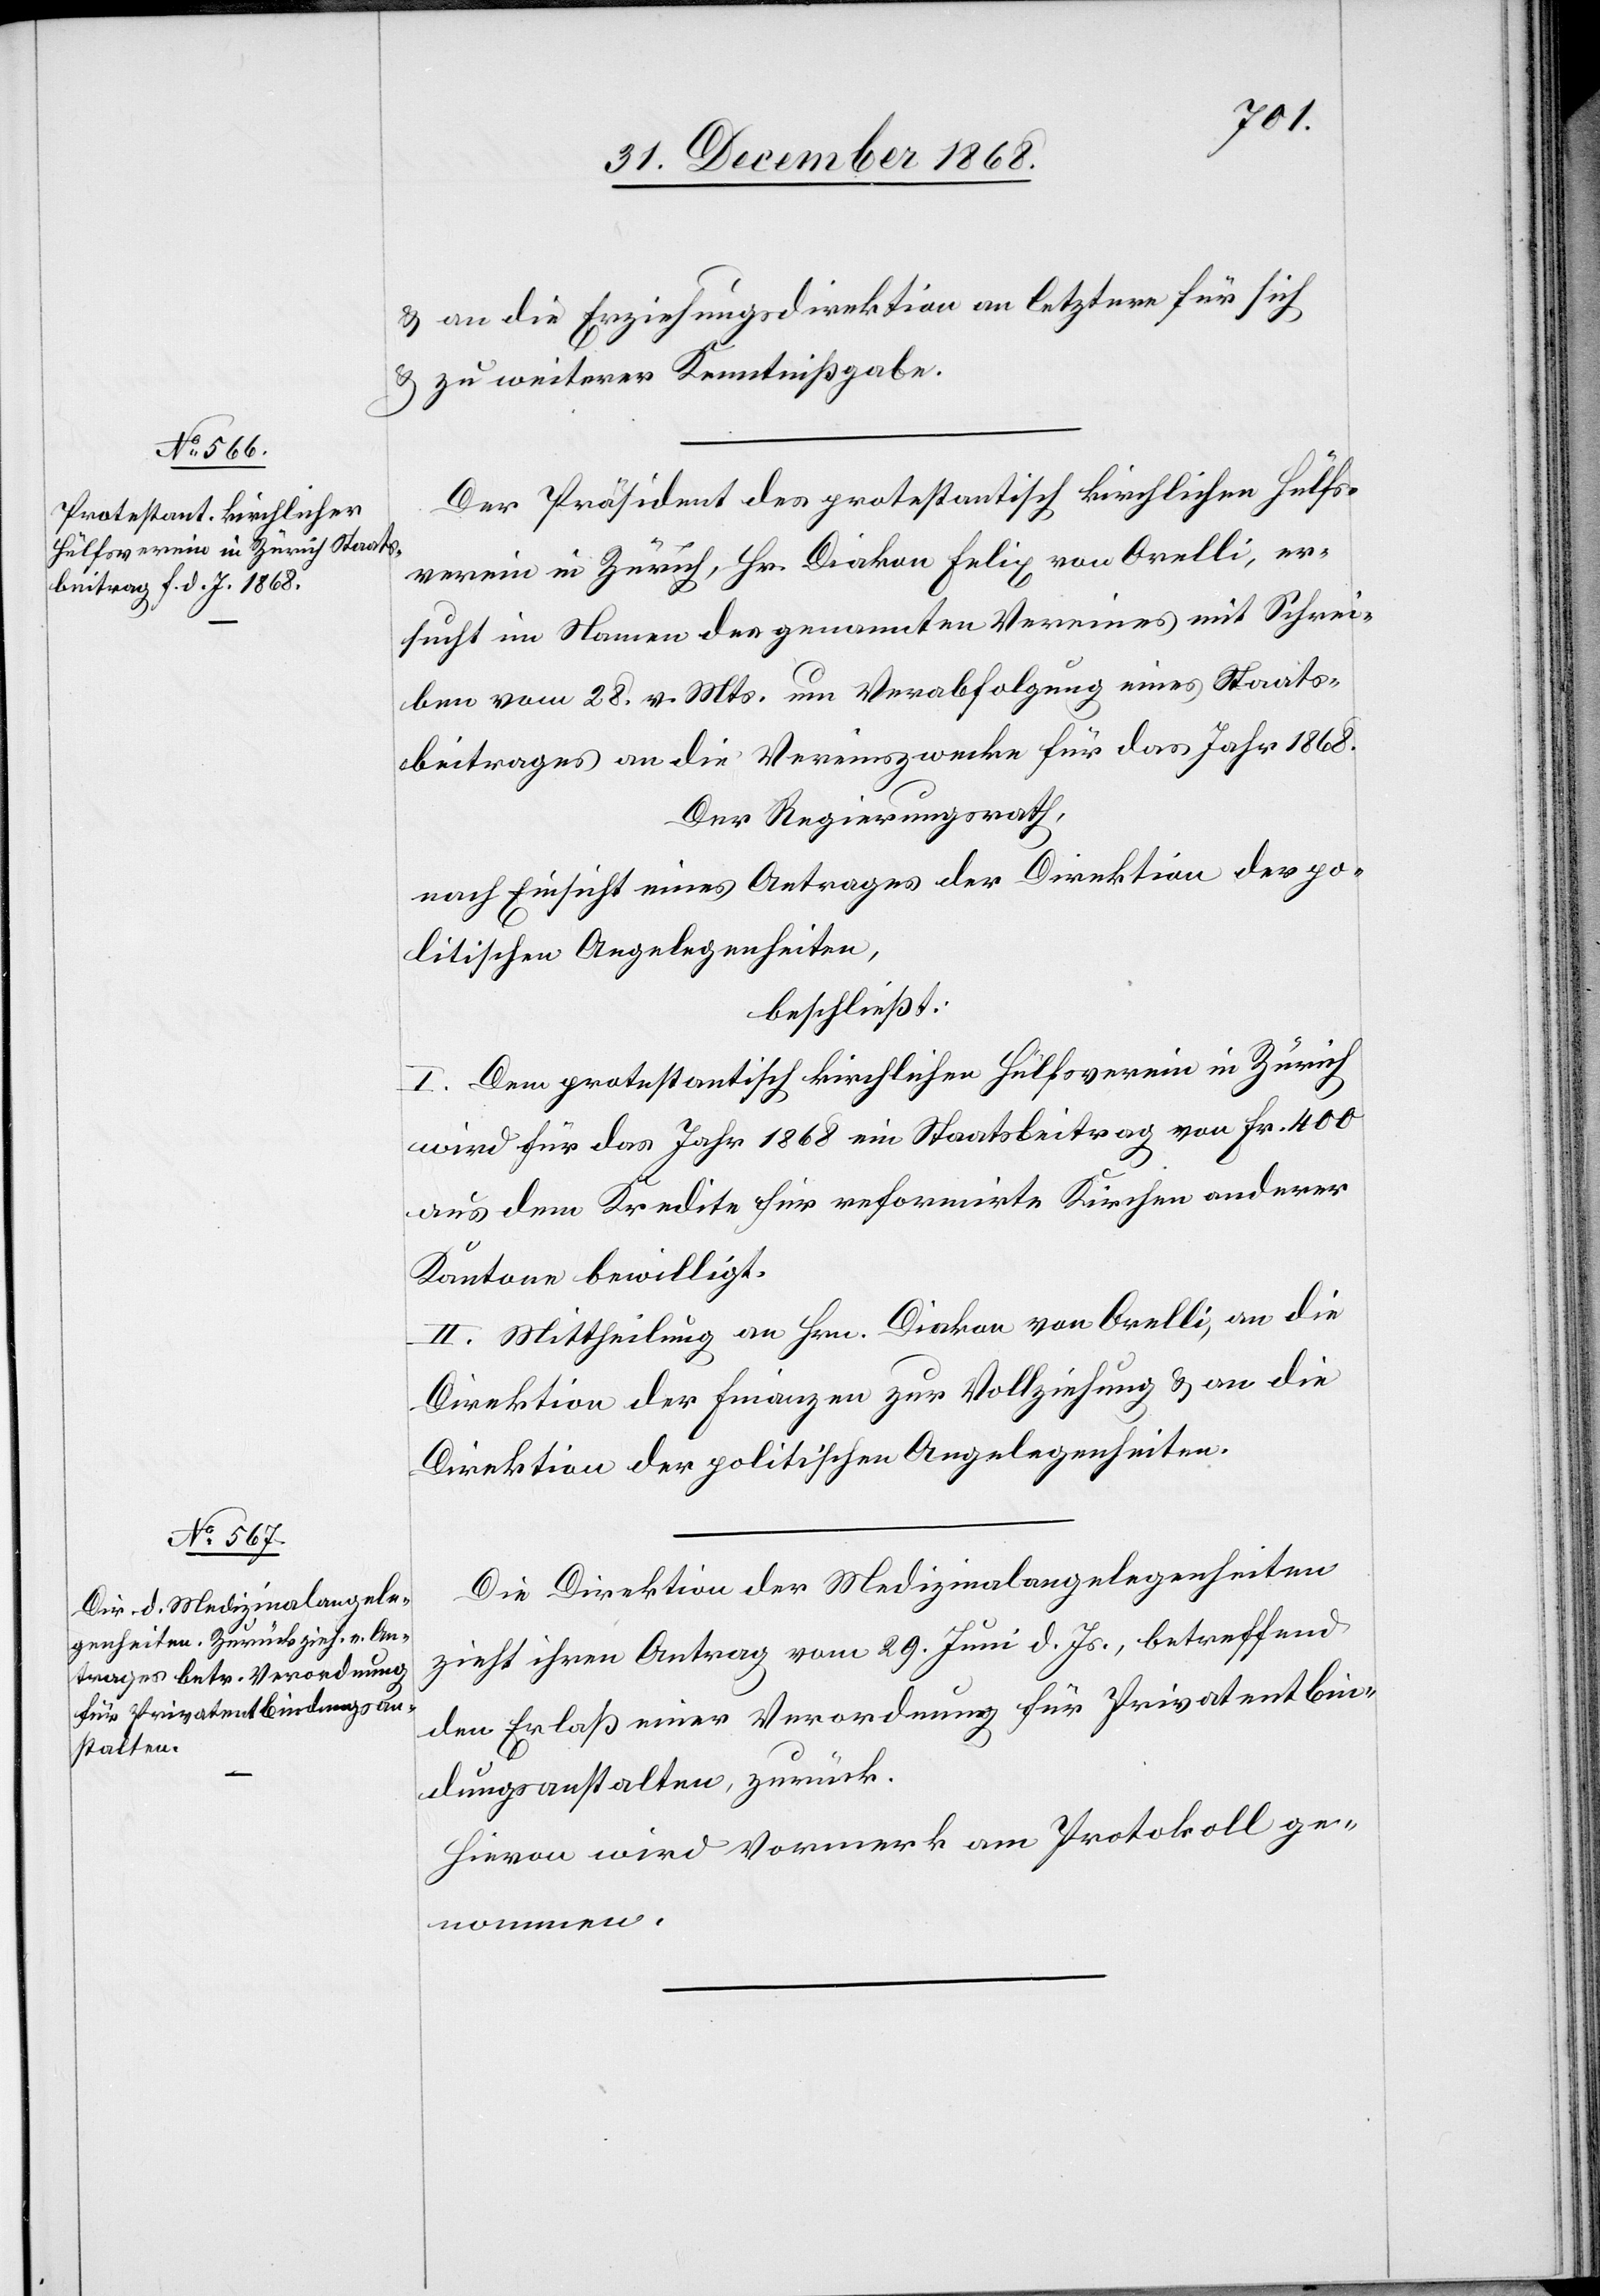
& an die Erziehungsdirektion an letztere für sich
& zu weiterer Kenntnißgabe.
Der Präsident des protestantisch kirchlichen Hülfs¬
verein in Zürich, Hr. Diakon Felix von Orelli, er¬
sucht im Namen des genannten Vereines mit Schrei¬
ben vom 28. v. Mts. um Verabfolgung eines Staats¬
beitrages an die Vereinszwecke für das Jahr 1868.
Der Regierungsrath,
nach Einsicht eines Antrages der Direktion der po¬
litischen Angelegenheiten,
beschließt:
I. Dem protestantisch kirchlichen Hülfsverein in Zürich
wird für das Jahr 1868 ein Staatsbeitrag von Fr. 400
aus dem Kredite für reformirte Kirchen anderer
Kantone bewilligt.
II. Mittheilung an Hrn. Diakon von Orelli, an die
Direktion der Finanzen zur Vollziehung & an die
Direktion der politischen Angelegenheiten.
Die Direktion der Medizinalangelegenheiten
zieht ihren Antrag vom 29. Juni d. Js., betreffend
den Erlaß einer Verordnung für Privatentbin¬
dungsanstalten, zurück.
Hievon wird Vormerk am Protokoll ge¬
nommen.